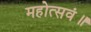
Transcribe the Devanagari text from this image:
महोत्सवं॥